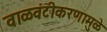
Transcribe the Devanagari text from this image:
वाळवंटीकरणामुळे